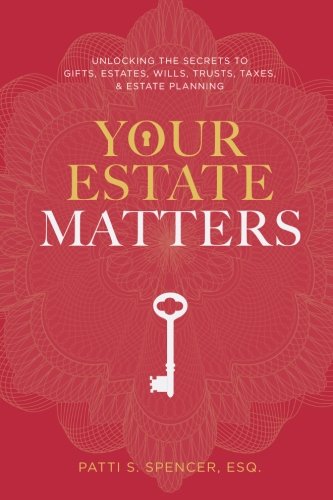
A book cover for Your Estate Matters: Gifts, Estates, Wills, Trusts, Taxes and Other Estate Planning Issues; Patti  S. Spencer; Law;